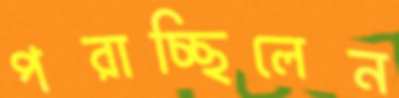
পরাচ্ছিলেন